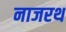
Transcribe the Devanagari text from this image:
नाजरथ